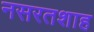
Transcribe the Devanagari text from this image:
नसरतशाह